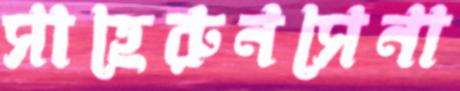
সাহেরুনসেনা